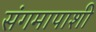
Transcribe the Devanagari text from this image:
संगमापाशी